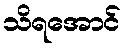
သိရအောင်